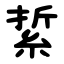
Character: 䋢